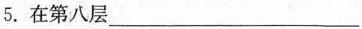
5.在第八层___